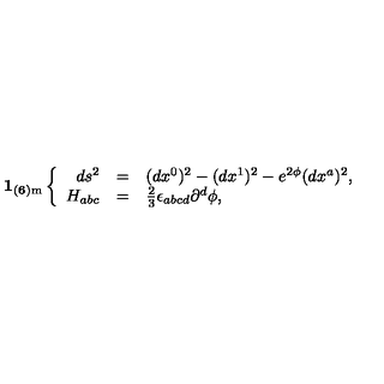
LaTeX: { \bf 1 _ { ( 6 ) \mathrm { m } } } \left\{ \begin{array} { r c l } { d s ^ { 2 } } & { = } & { ( d x ^ { 0 } ) ^ { 2 } - ( d x ^ { 1 } ) ^ { 2 } - e ^ { 2 { \phi } } ( d x ^ { a } ) ^ { 2 } , } \\ { { H } _ { a b c } } & { = } & { { \textstyle \frac { 2 } { 3 } } \epsilon _ { a b c d } \partial ^ { d } { \phi } , } \\ \end{array} \right.